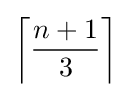
\left\lceil {\frac {n+1}{3}}\right\rceil